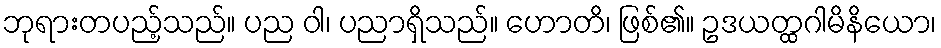
ဘုရားတပည့်သည်။ ပည ဝါ၊ ပညာရှိသည်။ ဟောတိ၊ ဖြစ်၏။ ဥဒယတ္ထဂါမိနိယော၊